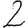
Digit: 2